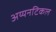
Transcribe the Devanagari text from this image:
अय्यनटिकल